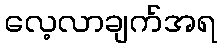
လေ့လာချက်အရ